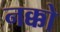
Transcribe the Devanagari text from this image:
नक्को